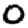
Digit: 0